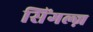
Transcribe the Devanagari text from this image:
सिंगल्ज़